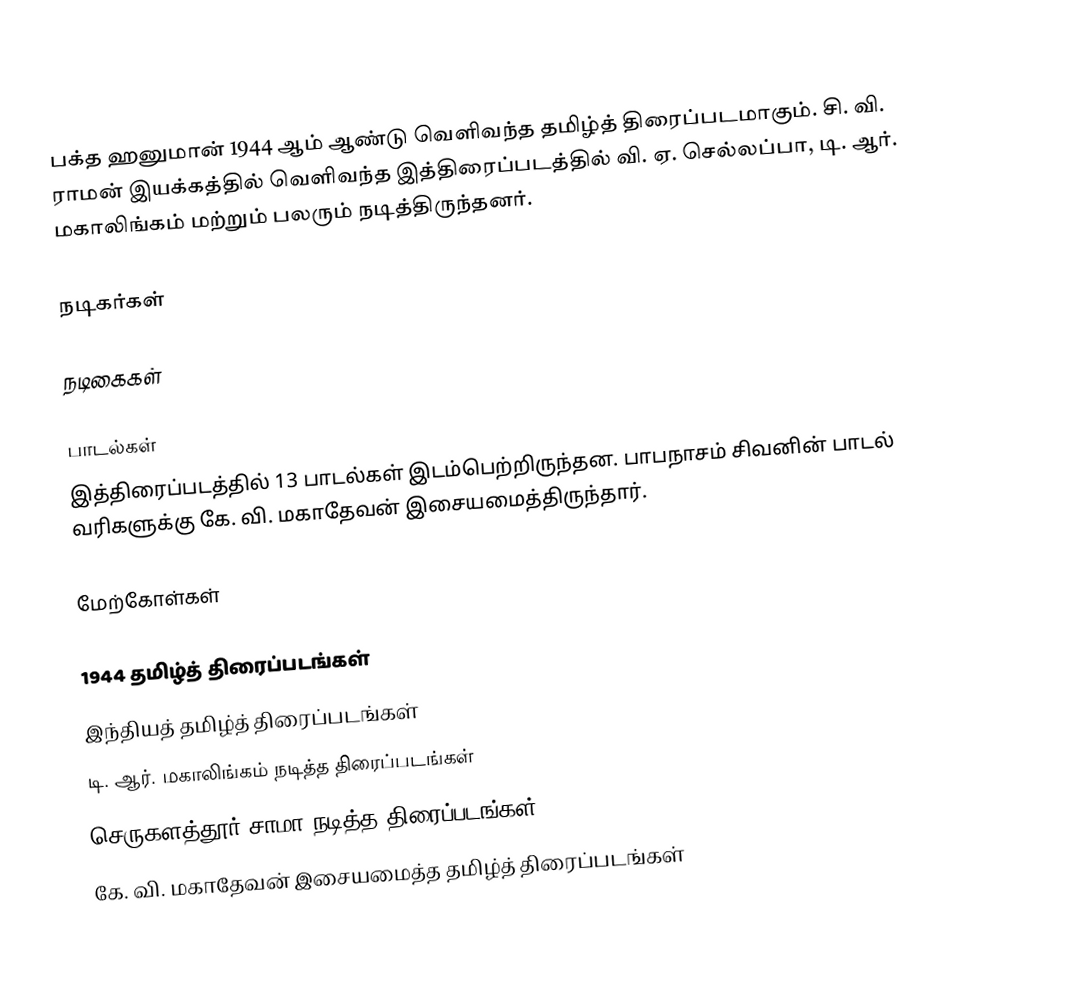
பக்த ஹனுமான் 1944 ஆம் ஆண்டு வெளிவந்த தமிழ்த் திரைப்படமாகும். சி. வி. ராமன் இயக்கத்தில் வெளிவந்த இத்திரைப்படத்தில் வி. ஏ. செல்லப்பா, டி. ஆர். மகாலிங்கம் மற்றும் பலரும் நடித்திருந்தனர்.

நடிகர்கள்

நடிகைகள்

பாடல்கள்
இத்திரைப்படத்தில் 13 பாடல்கள் இடம்பெற்றிருந்தன. பாபநாசம் சிவனின் பாடல் வரிகளுக்கு கே. வி. மகாதேவன் இசையமைத்திருந்தார்.

மேற்கோள்கள்

1944 தமிழ்த் திரைப்படங்கள்
இந்தியத் தமிழ்த் திரைப்படங்கள்
டி. ஆர். மகாலிங்கம் நடித்த திரைப்படங்கள்
செருகளத்தூர் சாமா நடித்த திரைப்படங்கள்
கே. வி. மகாதேவன் இசையமைத்த தமிழ்த் திரைப்படங்கள்